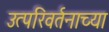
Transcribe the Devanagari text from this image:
उत्परिवर्तनाच्या